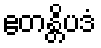
ဧတန္တိပဒံ